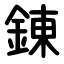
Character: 錬